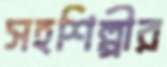
সহশিল্পীর